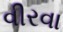
વીરવા